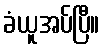
ခံယူအပ်ပြီ။